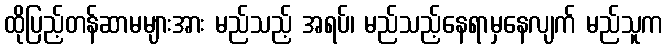
ထိုပြည့်တန်ဆာမများအား မည်သည့် အရပ်၊ မည်သည့်နေရာမှနေလျက် မည်သူက